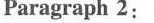
Paragraph 2: